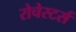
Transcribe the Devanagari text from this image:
रोचेस्टर्स